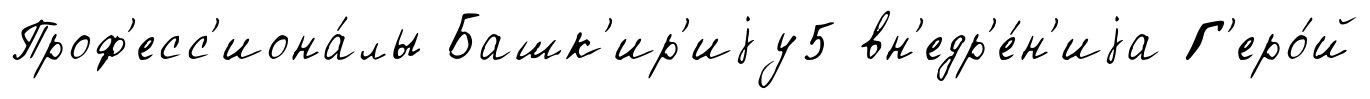
Проф'есс'иона́лы Башк'ир'иjу5 вн'едр'е́н'иjа Г'еро́й